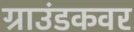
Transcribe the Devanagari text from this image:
ग्राउंडकवर